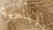
الإباحية